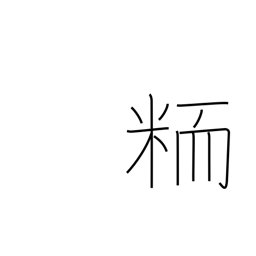
Meaning: nonglutinous grain